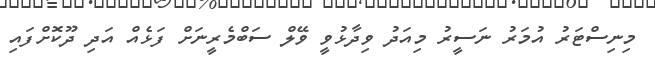
މިނިސްޓަރު އުމަރު ނަސީރު މިއަދު ވިދާޅުވީ ވޭލް ސަބްމެރީނަށް ފަޅެއް އަދި ދޫކޮށްފައި